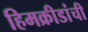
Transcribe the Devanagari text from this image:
हिमक्रीडांची